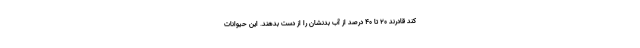
کند قادرند ۲۰ تا ۴۰ درصد از آب بدنشان را از دست بدهند. این حیوانات